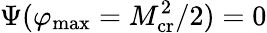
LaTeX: \Psi(\varphi_{\mathrm{max}}=M_{\mathrm{cr}}^{2}/2)=0